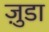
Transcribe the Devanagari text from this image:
जु़डा